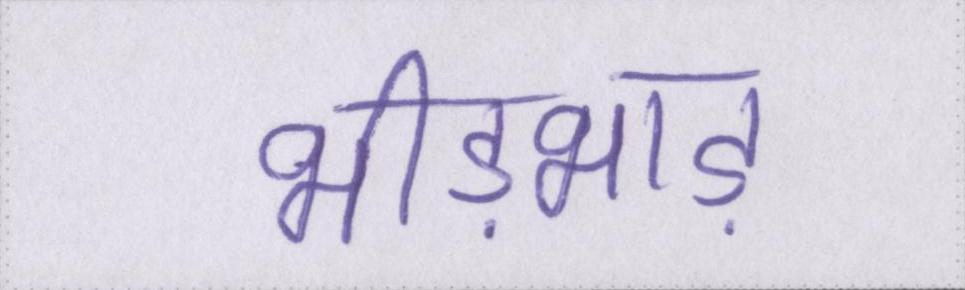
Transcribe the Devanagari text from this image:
भीड़भाड़